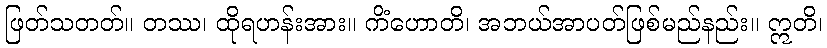
ဖြတ်သတတ်။ တဿ၊ ထိုရဟန်းအား။ ကိံဟောတိ၊ အဘယ်အာပတ်ဖြစ်မည်နည်း။ ဣတိ၊